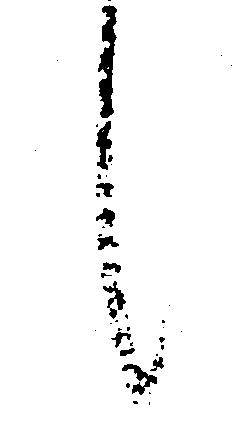
候